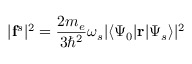
| \mathbf { f } ^ { s } | ^ { 2 } = \frac { 2 m _ { e } } { 3 \hbar ^ { 2 } } \omega _ { s } | \langle \Psi _ { 0 } | \mathbf { r } | \Psi _ { s } \rangle | ^ { 2 }